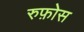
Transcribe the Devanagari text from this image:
रुफ़ोस